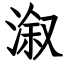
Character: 溆